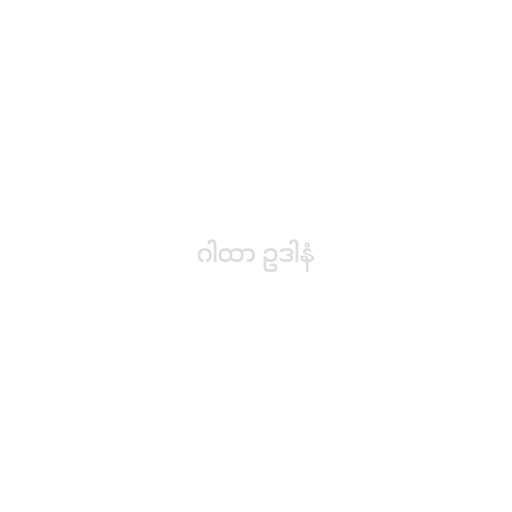
ဂါထာ ဥဒါနံ